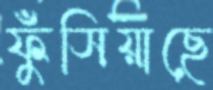
ফুঁসিয়াছে